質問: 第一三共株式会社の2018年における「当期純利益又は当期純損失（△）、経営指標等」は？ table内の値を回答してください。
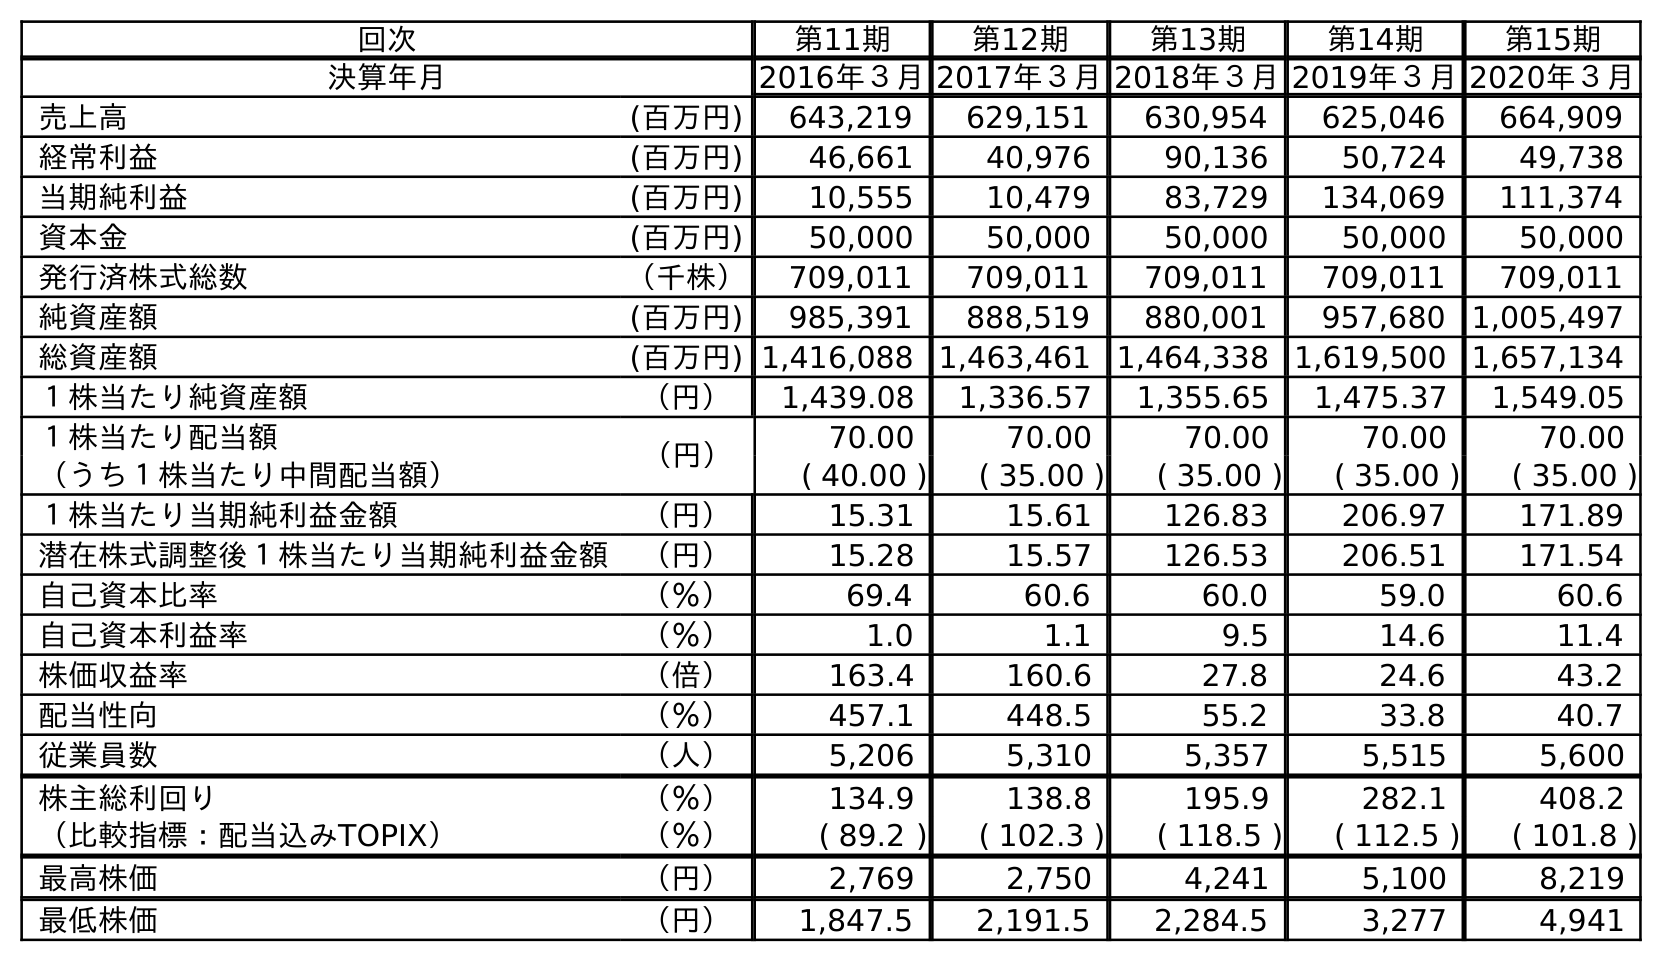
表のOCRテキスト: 回次 第11期 第12期 第13期 第14期 第15期 決算年月 2016年３月2017年３月2018年３月2019年３月2020年３月 売上高 (百万円) 643,219 629,151 630,954 625,046 664,909 経常利益 (百万円) 46,661 40,976 90,136 50,724 49,738 当期純利益 (百万円) 10,555 10,479 83,729 134,069 111,374 資本金 (百万円) 50,000 50,000 50,000 50,000 50,000 発行済株式総数 （千株） 709,011 709,011 709,011 709,011 709,011 純資産額 (百万円) 985,391 888,519 880,001 957,680 1,005,497 総資産額 (百万円) 1,416,088 1,463,461 1,464,338 1,619,500 1,657,134 １株当たり純資産額 （円） 1,439.08 1,336.57 1,355.65 1,475.37 1,549.05 １株当たり配当額 （円） 70.00 70.00 70.00 70.00 70.00 （うち１株当たり中間配当額） ( 40.00 ) ( 35.00 ) ( 35.00 ) ( 35.00 ) ( 35.00 ) １株当たり当期純利益金額 （円） 15.31 15.61 126.83 206.97 171.89 潜在株式調整後１株当たり当期純利益金額 （円） 15.28 15.57 126.53 206.51 171.54 自己資本比率 （％） 69.4 60.6 60.0 59.0 60.6 自己資本利益率 （％） 1.0 1.1 9.5 14.6 11.4 株価収益率 （倍） 163.4 160.6 27.8 24.6 43.2 配当性向 （％） 457.1 448.5 55.2 33.8 40.7 従業員数 （人） 5,206 5,310 5,357 5,515 5,600 株主総利回り （％） 134.9 138.8 195.9 282.1 408.2 （比較指標：配当込みTOPIX） （％） ( 89.2 ) ( 102.3 ) ( 118.5 ) ( 112.5 ) ( 101.8 ) 最高株価 （円） 2,769 2,750 4,241 5,100 8,219 最低株価 （円） 1,847.5 2,191.5 2,284.5 3,277 4,941
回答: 83,729